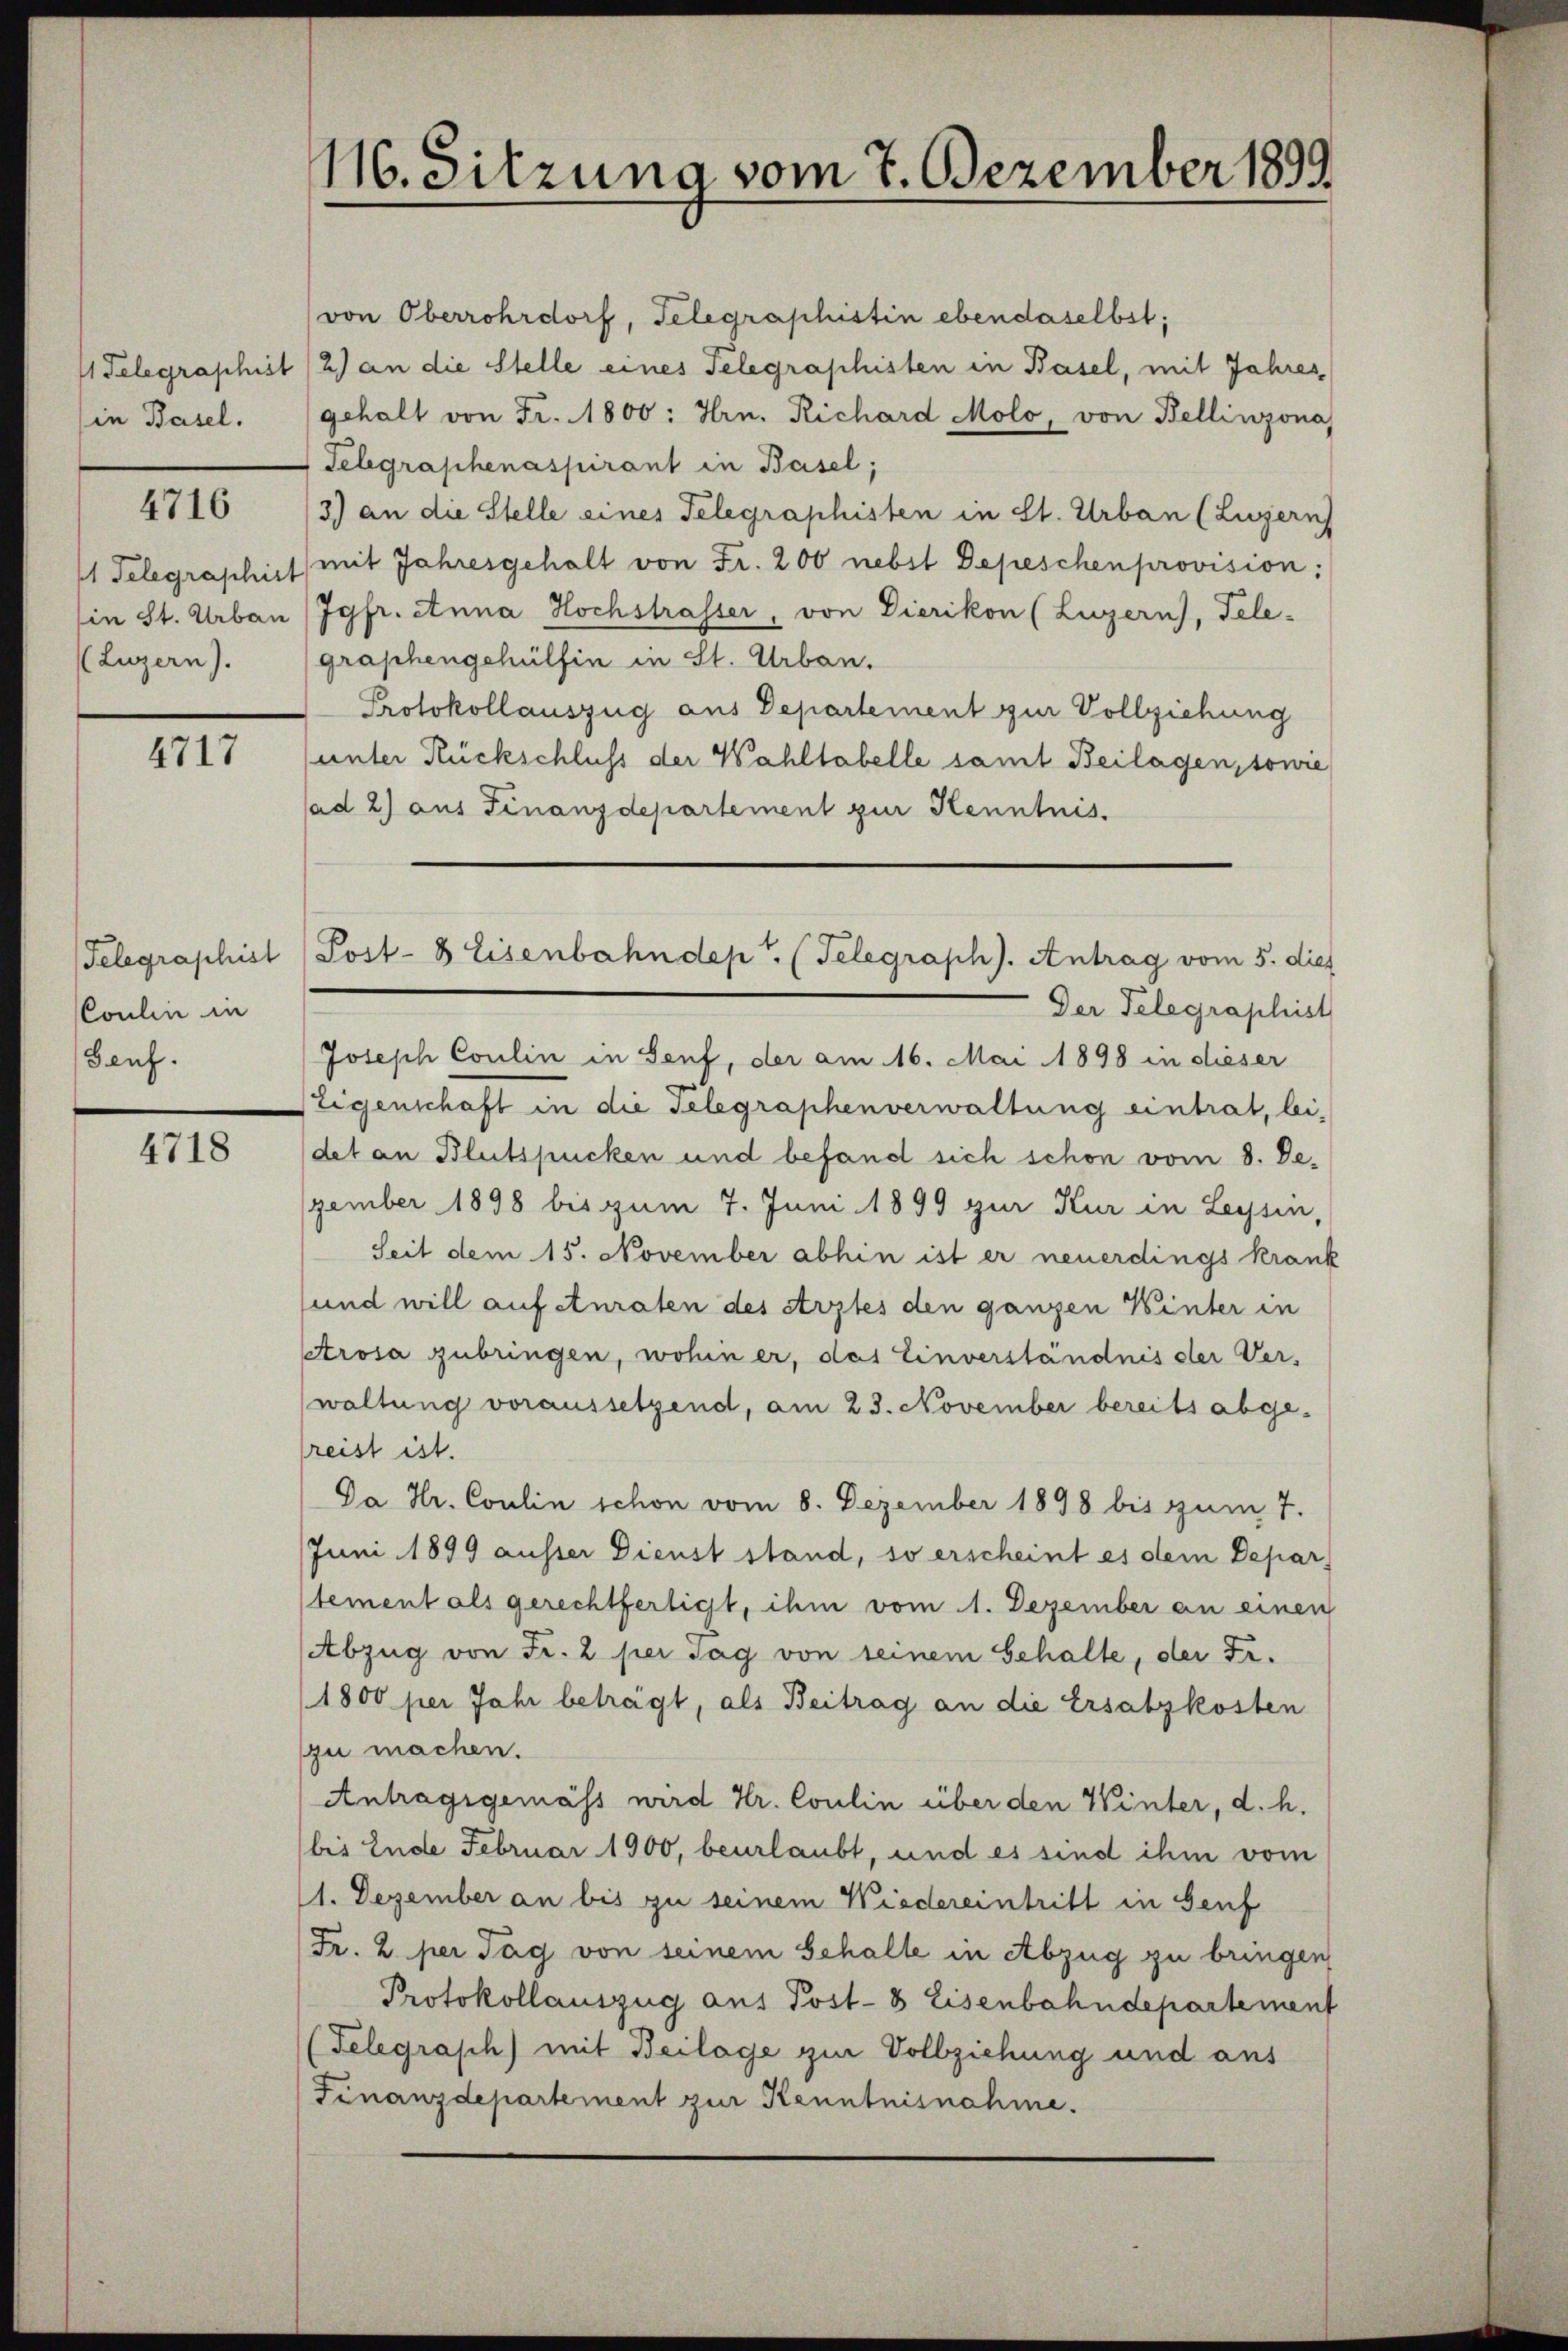
Telegraphist
in Basel.

4716

1 Telegraphir
(in St. Urbau
(Luzern).

4717

Telegraphist
Coulin in
Genf.

4718

116. Sitzung vom 7. Dezember 1899

von Oberrohrdorf, Telegraphistin ebendaselbst;
2) an die Stelle eines Telegraphisten in Basel, mit Jahres
gehalt von Fr. 1800: Hrn. Richard Molo, von Bellinzona
Telegraphenaspirant in Basel;
3) an die Stelle eines Telegraphisten in St. Urban (Luzern
mit Jahresgehalt von Fr. 200 nebst Depeschen provision:
Jgfr. Anna Hochstrasser, von Dierikon (Luzern), Tele-
graphengehülfen in St. Urban.
Protokollauszug aus Departement zur Vollziehung
(unter Rückschluss der Wahltabelle samt Beilagen, sowie
(ad 2) aus Finanzdepartement zur Kenntnis.
Der Telegraphist
Joseph Coulin in Senf, der am 16. Mai 1898 in dieser
Eigenschaft in die Selegraphenverwaltung eintrat, bei-
det an Blutspucken und befand sich schon vom 8. Dezember 1898 bis zum 7. Juni 1899 zur Kur in Leyssen,
Seit dem 15. November abhin ist er neuerdings krank
und will auf Anraten des Arztes den ganzen Winter in
Atrosa zubringen, wohin er, das Einverständnis der Verwaltung voraussetzend, am 23. November bereits abge-
reist ist.
Da Hr. Coulin schon vom 8. Dezember 1898 bis zum 7.
Juni 1899 ausser Dienst stand, so erscheint es dem Depar
tement als gerechtfertigt, ihm vom 1. Dezember an einen
Abzug von Fr. 2 per sag von seinem Gehalte, der Fr.
1800 per Jahr betragt, als Beitrag an die Ersatzkosten
zu machen.
Antragsgemäss wird Hr. Coulin über den Winter, d. h.
bis Ende Februar 1900, beurlaubt, und es sind ihm vom
1. Dezember an bis zu seinem Wiedereintritt in Genf
Fr. 2. per Tag von seinem Schalte in Abzug zu bringen
Protokollauszug aus Post- 8 Eisenbahndepartement
(Telegraph) mit Beilage zur Vollziehung und aus
Finanzdepartement zur Kenntnisnahme.

Post- & Eisenbahndept. (Telegraph). Antrag vom 5. dies